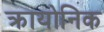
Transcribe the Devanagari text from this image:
क्रायोनिक